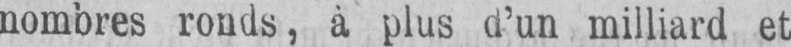
nombres ronds, à plus d’un milliard et